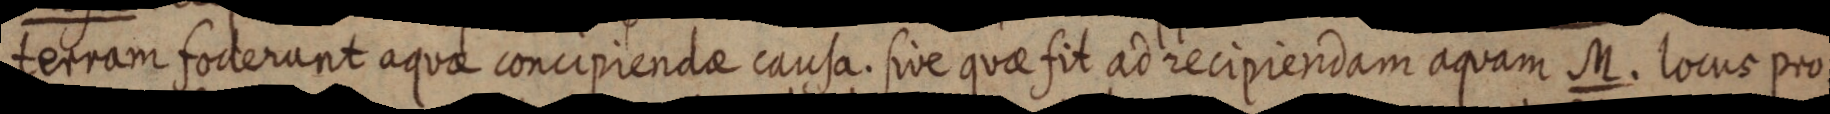
terram foderant aquae concipiendae causa. sive quae fit ad recipiendam aquam M. locur pro